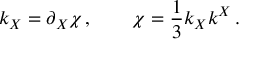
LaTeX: k _ { X } = \partial _ { X } \chi \, , \qquad \chi = \frac 1 3 k _ { X } k ^ { X } \, .